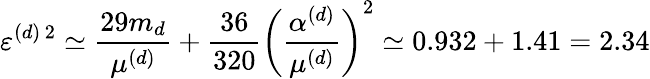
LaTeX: \varepsilon^{(d)\, 2}\simeq\frac{29m_{d}}{\mu^{(d)}}+\frac{36}{320}\left(\frac{\alpha^{(d)}}{\mu^{(d)}}\right)^{2}\simeq 0.932+1.41=2.34